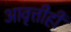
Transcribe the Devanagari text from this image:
आवृत्तीही